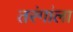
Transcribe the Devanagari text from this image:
तरंगांला